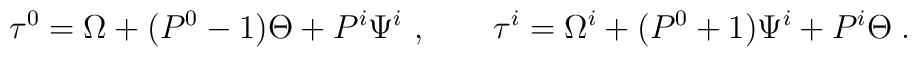
\tau^0=\Omega+ (P^0-1)\Theta+P^i\Psi^i~, \qquad\tau^i=\Omega^i+(P^0+1)\Psi^i+P^i\Theta\;.